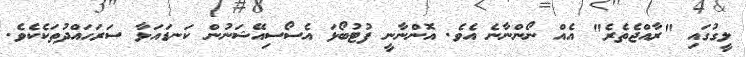
ލީގުގައި "ރާއްޖެތެރެ" އެއް ނޯންނާނެ އެވެ. އޮންނާނީ ފުޓުބޯޅަ އެސޯސިއޭޝަނުން ކަނޑައަޅާ ސަރަހައްދުތަކެކެވެ.